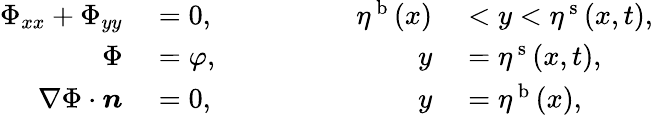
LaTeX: \begin{array}{rlrl}{\Phi_{xx}+\Phi_{yy}}&{{}=0,}&{\qquad\qquad\eta^{\mathrm{~b~}}(x)}&{{}<y<\eta^{\mathrm{~s~}}(x,t),}\\ {\Phi}&{{}=\varphi,}&{\qquad\qquad y}&{{}=\eta^{\mathrm{~s~}}(x,t),}\\ {\nabla\Phi\cdot\boldsymbol n}&{{}=0,}&{\qquad\qquad y}&{{}=\eta^{\mathrm{~b~}}(x),}\end{array}